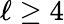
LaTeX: \ell\geq 4